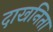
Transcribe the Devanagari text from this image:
दाखनिता